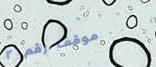
موقف رقم ٢